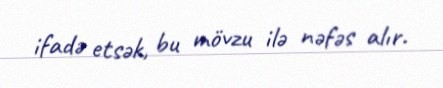
ifadə etsək, bu mövzu ilə nəfəs alır.